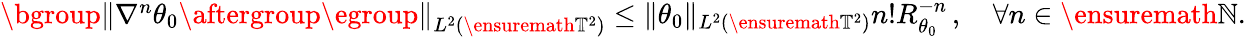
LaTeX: \begin{array}{r}{\mathopen{}\mathclose\bgroup\left\| \nabla^{n}\theta_{0}\aftergroup\egroup\right\| _{L^{2}(\ensuremath{\mathbb{T}}^{2})}\leq\| \theta_{0}\| _{L^{2}(\ensuremath{\mathbb{T}}^{2})}n!R_{\theta_{0}}^{-n}\, ,\quad\forall n\in\ensuremath{\mathbb{N}}.}\end{array}